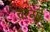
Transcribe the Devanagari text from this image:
चरंगो